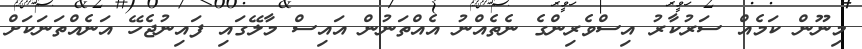
މިނޫން ކަމެއް ސަރުކާރު އިސްވެރިންގެ ނެތެއްނު އެއްތަނުން އައިސް މާލޭގައި ފައިނުޖެހޭ އަނެއްތަނަކަށް